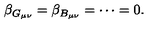
\beta _ { G _ { \mu \nu } } = \beta _ { B _ { \mu \nu } } = \cdots = 0 .